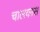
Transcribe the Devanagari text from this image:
चालकास